Scottish Certificate of Education, 1962
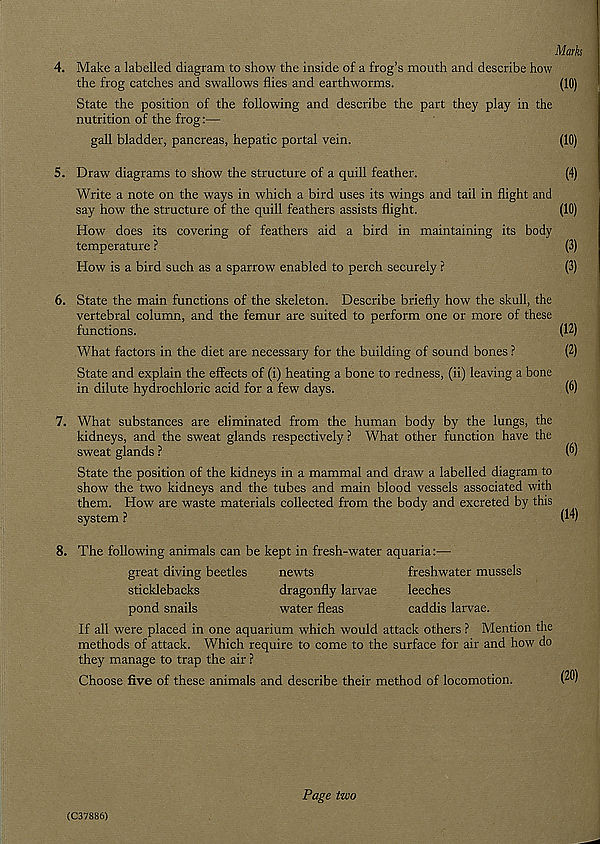
Marks
4. Make a labelled diagram to show the inside of a frog’s mouth and describe how
the frog catches and swallows flies and earthworms.
(10)
State the position of the following and describe the part they play in the
nutrition of the frog:—
gall bladder, pancreas, hepatic portal vein.
(10)
5. Draw diagrams to show the structure of a quill feather.
(4)
Write a note on the ways in which a bird uses its wings and tail in flight and
say how the structure of the quill feathers assists flight.
(10)
How does its covering of feathers aid a bird in maintaining its body
temperature ?
(3)
How is a bird such as a sparrow enabled to perch securely ?
(3)
6. State the main functions of the skeleton. Describe briefly how the skull, the
vertebral column, and the femur are suited to perform one or more of these
functions.
(12)
What factors in the diet are necessary for the building of sound bones ?
(2)
State and explain the effects of (i) heating a bone to redness, (ii) leaving a bone
in dilute hydrochloric acid for a few days.
(6)
7. What substances are eliminated from the human body by the lungs, the
kidneys, and the sweat glands respectively ? What other function have the
sweat glands ?
(6)
State the position of the kidneys in a mammal and draw a labelled diagram to
show the two kidneys and the tubes and main blood vessels associated with
them. How are waste materials collected from the body and excreted by this
system ?
(14)
8. The following animals can be kept in fresh-water aquaria:—
great diving beetles
newts
freshwater mussels
sticklebacks
dragonfly larvae
leeches
pond snails
water fleas
caddis larvae.
If all were placed in one aquarium which would attack others ? Mention the
methods of attack. Which require to come to the surface for air and how do
they manage to trap the air ?
Choose five of these animals and describe their method of locomotion.
(C37886)
Page two